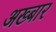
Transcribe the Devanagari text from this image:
अख्बार